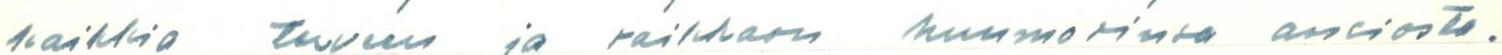
kaikkia terveen ja raikkaan huumorinsa ansiosta.